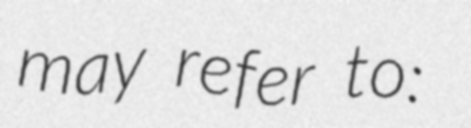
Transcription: may refer to: